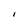
Character: I